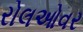
રોલઓવર